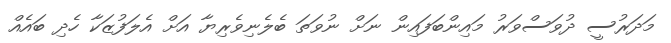
މަދަރުސީ ދުވަސްވަރު މައިންބަފައިން ނަށް ނުވަތަ ބެލެނިވެރިޔާ އަށް އެލަފުޒަކާ ހެދި ބައެއް